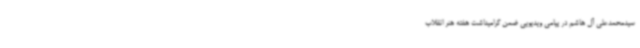
سیدمحمدعلی آل هاشم در پیامی ویدیویی ضمن گرامیداشت هفته هنر انقلاب